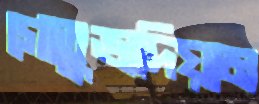
গোতুভাদিয়াম